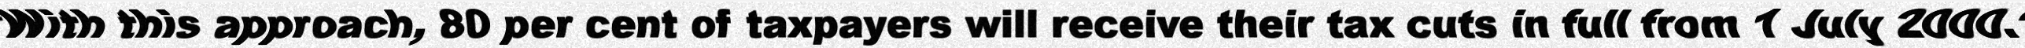
"With this approach, 80 per cent of taxpayers will receive their tax cuts in full from 1 July 2000."